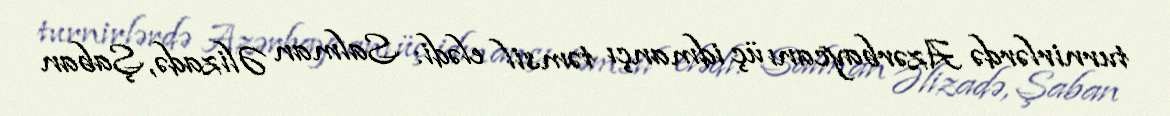
turnirlərdə Azərbaycanı üç idmançı təmsil elədi: Salman Əlizadə, Şaban